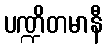
ပဏ္ဍိတမာနီ